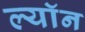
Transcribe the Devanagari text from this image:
ल्याॅन